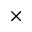
\times